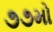
૭૭મો